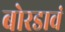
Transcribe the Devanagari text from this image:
बोरडावं